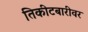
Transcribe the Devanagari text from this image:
तिकीटबारीवर